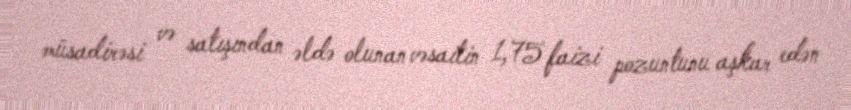
müsadirəsi və satışından əldə olunan vəsaitin 1,75 faizi pozuntunu aşkar edən